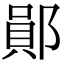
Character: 鄖